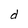
Character: d